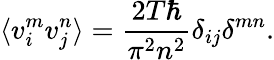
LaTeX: \langle v_{i}^{m}v_{j}^{n}\rangle=\frac{2T\hbar}{\pi^{2}n^{2}}\delta_{ij}\delta^{mn}.